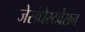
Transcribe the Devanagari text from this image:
जेसंधेस्टवेसन